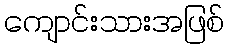
ကျောင်းသားအဖြစ်